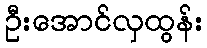
ဦးအောင်လှထွန်း